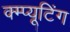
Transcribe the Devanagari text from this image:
क्म्प्यूटिंग